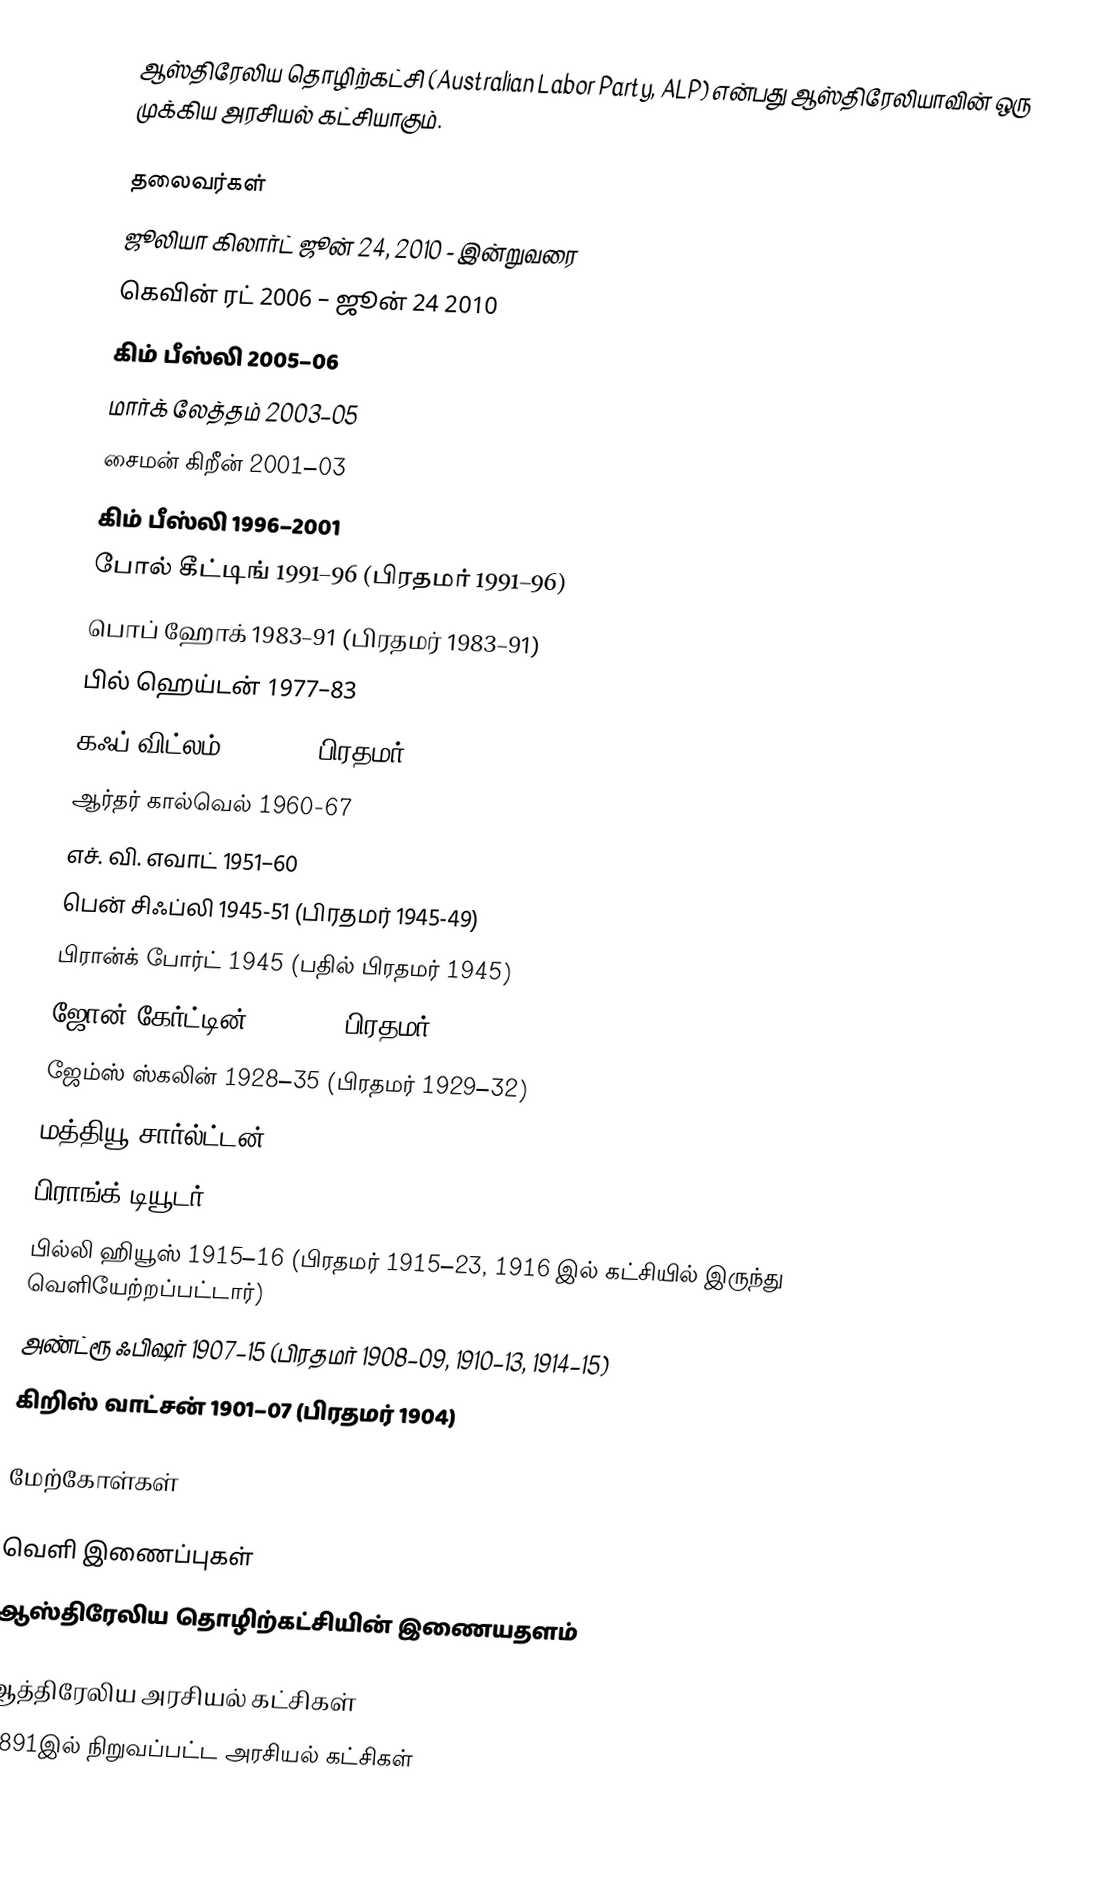
ஆஸ்திரேலிய தொழிற்கட்சி (Australian Labor Party, ALP) என்பது ஆஸ்திரேலியாவின் ஒரு முக்கிய அரசியல் கட்சியாகும்.

தலைவர்கள்
 ஜூலியா கிலார்ட் ஜூன் 24, 2010 - இன்றுவரை
 கெவின் ரட் 2006 – ஜூன் 24 2010
 கிம் பீஸ்லி 2005–06
 மார்க் லேத்தம் 2003–05
 சைமன் கிறீன் 2001–03
 கிம் பீஸ்லி 1996–2001
 போல் கீட்டிங் 1991–96 (பிரதமர் 1991–96)
 பொப் ஹோக் 1983–91 (பிரதமர் 1983–91)
 பில் ஹெய்டன் 1977–83
 கஃப் விட்லம் 1967–77 (பிரதமர் 1972–75)
 ஆர்தர் கால்வெல் 1960-67
 எச். வி. எவாட் 1951–60
 பென் சிஃப்லி 1945-51 (பிரதமர் 1945-49)
 பிரான்க் போர்ட் 1945 (பதில் பிரதமர் 1945)
 ஜோன் கேர்ட்டின் 1935–45 (பிரதமர் 1941–45)
 ஜேம்ஸ் ஸ்கலின் 1928–35 (பிரதமர் 1929–32)
 மத்தியூ சார்ல்ட்டன் 1922–28
 பிராங்க் டியூடர் 1916–22
 பில்லி ஹியூஸ் 1915–16 (பிரதமர் 1915–23, 1916 இல் கட்சியில் இருந்து வெளியேற்றப்பட்டார்)
 அண்ட்ரூ ஃபிஷர் 1907–15 (பிரதமர் 1908–09, 1910–13, 1914–15)
 கிறிஸ் வாட்சன் 1901–07 (பிரதமர் 1904)

மேற்கோள்கள்

வெளி இணைப்புகள்
 ஆஸ்திரேலிய தொழிற்கட்சியின் இணையதளம்

ஆத்திரேலிய அரசியல் கட்சிகள்
1891இல் நிறுவப்பட்ட அரசியல் கட்சிகள்